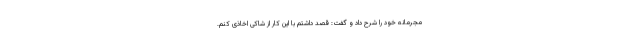
مجرمانه خود را شرح داد و گفت: قصد داشتم با این کار از شاکی اخاذی کنم.